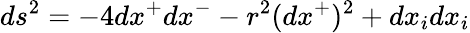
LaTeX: ds^{2}=-4dx^{+}dx^{-}-r^{2}(dx^{+})^{2}+dx_{i}dx_{i}